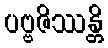
ပဗ္ဗဇိဿန္တိ